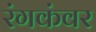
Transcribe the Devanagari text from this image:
रंगकंवर